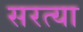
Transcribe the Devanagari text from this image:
सरत्या